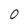
Character: 0